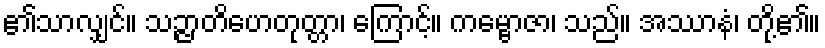
၏သာလျှင်။ သဉ္ဇာတိဟေတုတ္တာ၊ ကြောင့်။ ကမ္ဗောဇာ၊ သည်။ အဿာနံ၊ တို့၏။